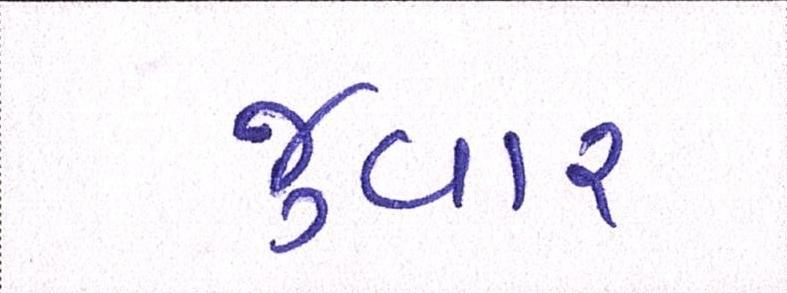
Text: જુવાર